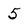
Character: 5